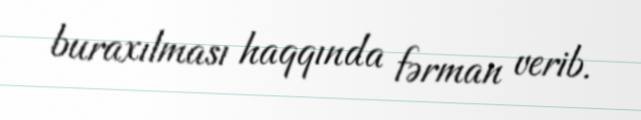
buraxılması haqqında fərman verib.